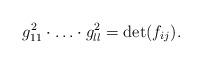
LaTeX: \begin{align*}g_{1 1}^{2} \cdot \ldots \cdot g_{l l}^{2} = \det (f_{i j}).\end{align*}